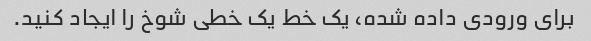
برای ورودی داده شده، یک خط یک خطی شوخ را ایجاد کنید.